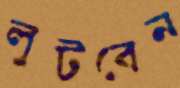
লুটবেন